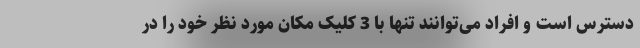
دسترس است و افراد می‌توانند تنها با 3 کلیک مکان مورد نظر خود را در